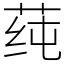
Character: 莼